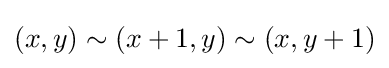
(x,y)\sim (x+1,y)\sim (x,y+1)